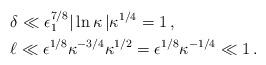
LaTeX: \begin{align*}&\delta\ll\epsilon_1^{7/8}|\ln\kappa\, |\kappa^{1/4}=1\,,\\&\ell\ll\epsilon^{1/8}\kappa^{-3/4}\kappa^{1/2}=\epsilon^{1/8}\kappa^{-1/4}\ll1\,.\end{align*}